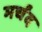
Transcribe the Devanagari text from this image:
मर्चंद